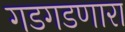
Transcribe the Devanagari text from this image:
गडगडणारा